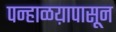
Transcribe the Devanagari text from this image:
पन्हाळय़ापासून